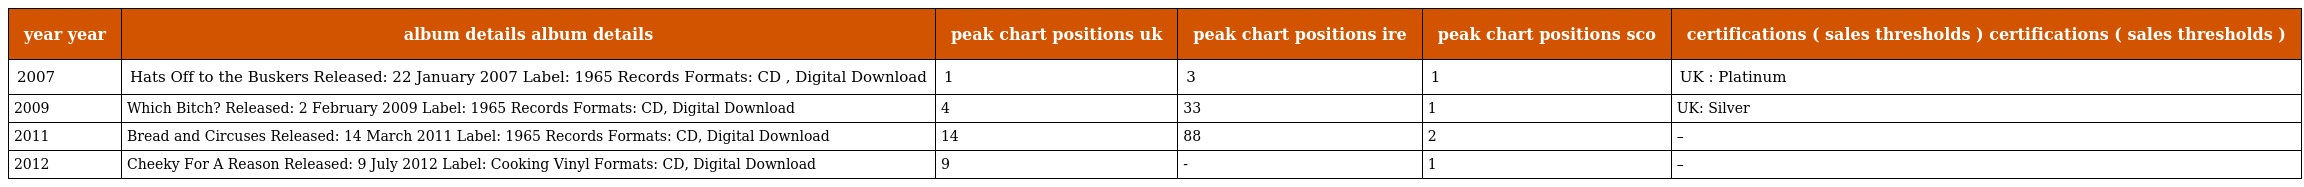
| year year | album details album details | peak chart positions uk | peak chart positions ire | peak chart positions sco | certifications ( sales thresholds ) certifications ( sales thresholds ) |
 | --- | --- | --- | --- | --- | --- |
 | 2007 | Hats Off to the Buskers Released: 22 January 2007 Label: 1965 Records Formats: CD , Digital Download | 1 | 3 | 1 | UK : Platinum |
 | 2009 | Which Bitch? Released: 2 February 2009 Label: 1965 Records Formats: CD, Digital Download | 4 | 33 | 1 | UK: Silver |
 | 2011 | Bread and Circuses Released: 14 March 2011 Label: 1965 Records Formats: CD, Digital Download | 14 | 88 | 2 | – |
 | 2012 | Cheeky For A Reason Released: 9 July 2012 Label: Cooking Vinyl Formats: CD, Digital Download | 9 | - | 1 | – |